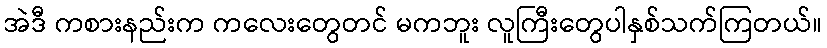
အဲဒီ ကစားနည်းက ကလေးတွေတင် မကဘူး လူကြီးတွေပါနှစ်သက်ကြတယ်။